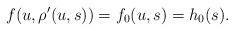
LaTeX: \begin{align*}f(u,\rho'(u,s))=f_0(u,s)=h_0(s).\end{align*}